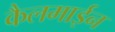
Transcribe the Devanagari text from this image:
कैलमाईन